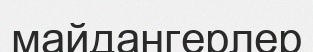
майдангерлер